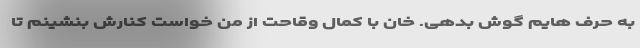
به حرف هایم گوش بدهی. خان با کمال وقاحت از من خواست کنارش بنشینم تا